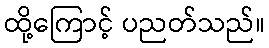
ထို့ကြောင့် ပညတ်သည်။